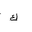
Letter: _kaf